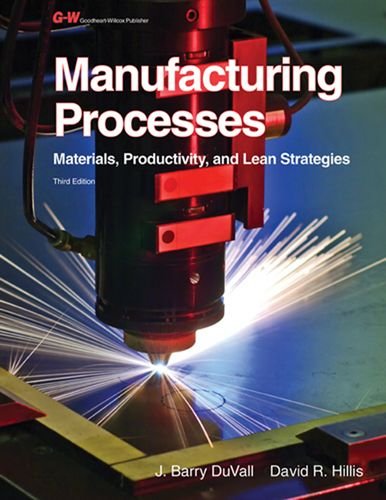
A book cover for Manufacturing Processes: Materials, Productivity, and Lean Strategies; J. Barry Duvall; Business & Money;